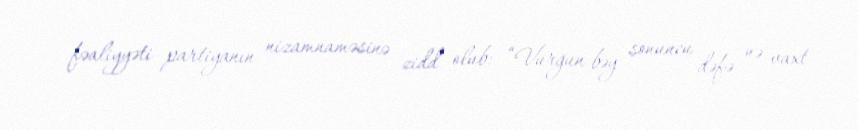
fəaliyyəti partiyanın nizamnaməsinə zidd olub: “Vurğun bəy sonuncu dəfə nə vaxt